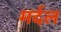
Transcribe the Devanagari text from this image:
मर्दल